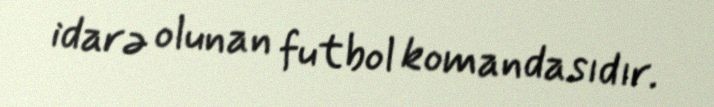
idarə olunan futbol komandasıdır.